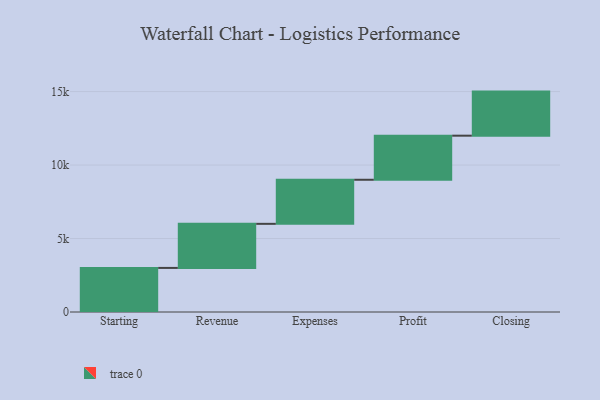
{"axis": {"x": "Step", "y": "Value"}, "legend": [""], "data": [{"x": "Starting", "y": 3000, "type": ""}, {"x": "Revenue", "y": 3000, "type": ""}, {"x": "Expenses", "y": 3000, "type": ""}, {"x": "Profit", "y": 3000, "type": ""}, {"x": "Closing", "y": 3000, "type": ""}]}